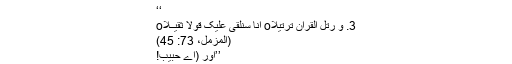
‘‘
3. وَ رَتِّلِ الْقُرْاٰنَ تَرْتِیْلًاo اِنَّا سَنُلْقِیْ عَلَیْکَ قَوْلًا ثَقِیْــلًاo
(المزمل، 73: 45)
’’اور (اے حبیب!